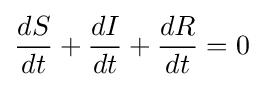
{\frac {dS}{dt}}+{\frac {dI}{dt}}+{\frac {dR}{dt}}=0